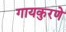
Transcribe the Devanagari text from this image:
गायकुरणे